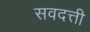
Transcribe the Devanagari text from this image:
सवदत्ती